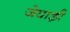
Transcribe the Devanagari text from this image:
जेवाड़ी